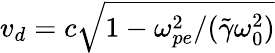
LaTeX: v_{d}=c\sqrt{1-\omega_{pe}^{2}/(\tilde{\gamma}\omega_{0}^{2})}